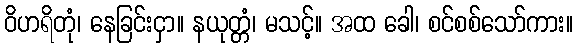
ဝိဟရိတုံ၊ နေခြင်းငှာ။ နယုတ္တံ၊ မသင့်။ အထ ခေါ၊ စင်စစ်သော်ကား။